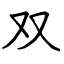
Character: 双